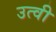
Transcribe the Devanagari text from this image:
उत्वी